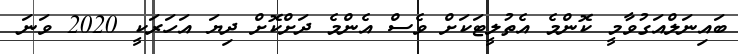
ބައިނަލްއަގުވާމީ ކޮންމެ އެތުލީޓަކަށް ވެސް އެންމެ ދަށްކޮށް ދިޔަ އަހަރަކީ 2020 ވަނަ